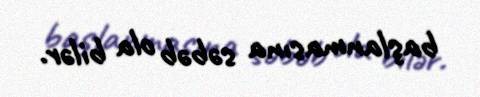
başlanmasına səbəb ola bilər.